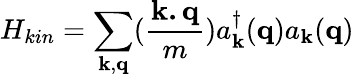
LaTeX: H_{kin}=\sum_{{\mathbf{k}},{\mathbf{q}}}(\frac{{\mathbf{k.q}}}{m})a_{{\mathbf{k}}}^{\dagger}({\mathbf{q}})a_{{\mathbf{k}}}({\mathbf{q}})